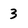
Character: 3